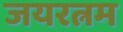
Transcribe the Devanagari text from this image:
जयरत्नम